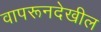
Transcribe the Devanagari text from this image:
वापरूनदेखील